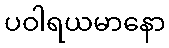
ပဝါရယမာနော